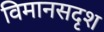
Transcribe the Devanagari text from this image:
विमानसदृश